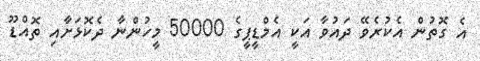
އެ ގޮތުން އެކުރެވޭ ދައުވާ އަކީ އެމްޑީޕީގެ 50000 މީހުންނާ ދެކޮޅަށާއި ތޮއްޑޫ